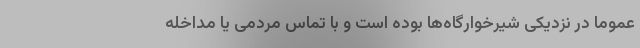
عموما در نزدیکی شیرخوارگاه‌ها بوده است و با تماس مردمی یا مداخله